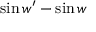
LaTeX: \ \sin w ^ { \prime } - \sin w